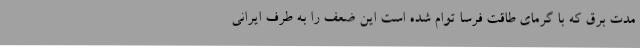
مدت برق که با گرمای طاقت فرسا توام شده است این ضعف را به طرف ایرانی